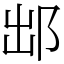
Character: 䢺